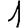
Digit: 1